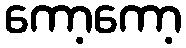
ကော့ကော့